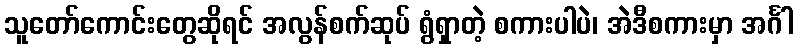
သူတော်ကောင်းတွေဆိုရင် အလွန်စက်ဆုပ် ရွံရှာတဲ့ စကားပါပဲ၊ အဲဒီစကားမှာ အင်္ဂါ